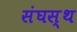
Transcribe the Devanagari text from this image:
संघस्थ